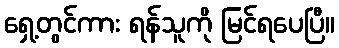
ရှေ့တွင်ကား ရန်သူကို မြင်ရပေပြီ။